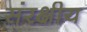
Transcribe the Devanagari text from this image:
संरक्षीय